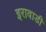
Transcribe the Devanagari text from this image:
इरावाडी